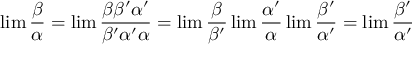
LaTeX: \operatorname* { l i m } { \frac { \beta } { \alpha } } = \operatorname* { l i m } { \frac { \beta \beta ^ { \prime } \alpha ^ { \prime } } { \beta ^ { \prime } \alpha ^ { \prime } \alpha } } = \operatorname* { l i m } { \frac { \beta } { \beta ^ { \prime } } } \operatorname* { l i m } { \frac { \alpha ^ { \prime } } { \alpha } } \operatorname* { l i m } { \frac { \beta ^ { \prime } } { \alpha ^ { \prime } } } = \operatorname* { l i m } { \frac { \beta ^ { \prime } } { \alpha ^ { \prime } } }